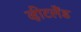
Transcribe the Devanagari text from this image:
व्हीटलैंड